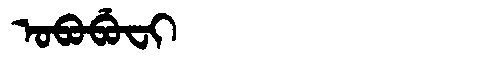
Manchu: ᠣᠪᠣᠪᡠᠸᡳ
Romanization: OBOBUFI